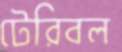
টেরিবল